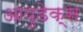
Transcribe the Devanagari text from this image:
आयुडेक्स